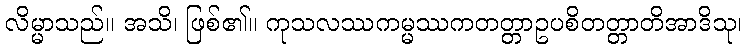
လိမ္မာသည်။ အသိ၊ ဖြစ်၏။ ကုသလဿကမ္မဿကတတ္တာဥပစိတတ္တာတိအာဒိသု၊